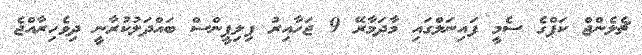
ޗެލެންޖް ކަޕްގެ ސެމީ ފައިނަލްގައި މާދަމާރޭ 9 ޖަހާއިރު ފިލިޕީންސް ބައްދަލުކުރާނީ ދިވެހިރާއްޖެ